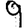
Digit: 9